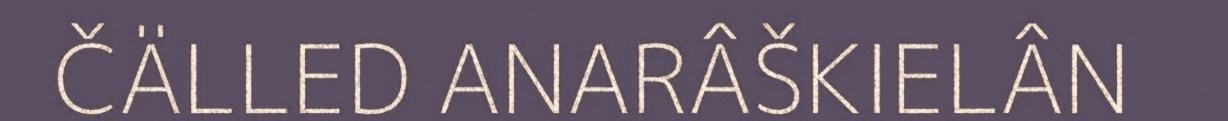
ČÄLLED ANARÂŠKIELÂN